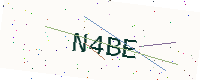
Text: N4BE